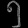
Digit: ၅